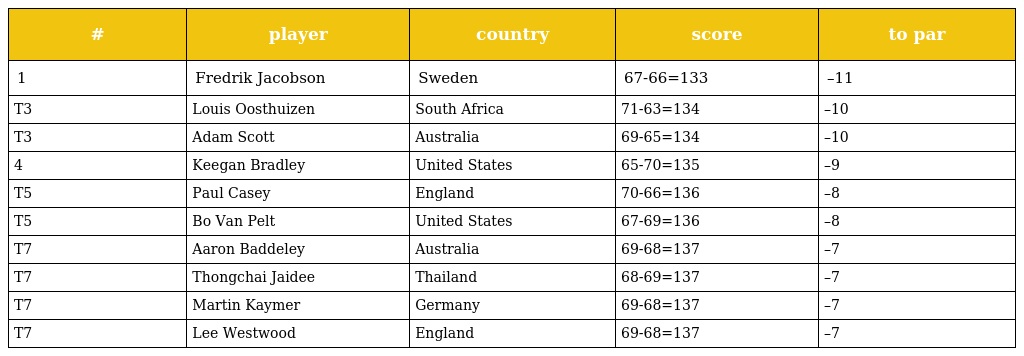
| # | player | country | score | to par |
 | --- | --- | --- | --- | --- |
 | 1 | Fredrik Jacobson | Sweden | 67-66=133 | –11 |
 | T3 | Louis Oosthuizen | South Africa | 71-63=134 | –10 |
 | T3 | Adam Scott | Australia | 69-65=134 | –10 |
 | 4 | Keegan Bradley | United States | 65-70=135 | –9 |
 | T5 | Paul Casey | England | 70-66=136 | –8 |
 | T5 | Bo Van Pelt | United States | 67-69=136 | –8 |
 | T7 | Aaron Baddeley | Australia | 69-68=137 | –7 |
 | T7 | Thongchai Jaidee | Thailand | 68-69=137 | –7 |
 | T7 | Martin Kaymer | Germany | 69-68=137 | –7 |
 | T7 | Lee Westwood | England | 69-68=137 | –7 |